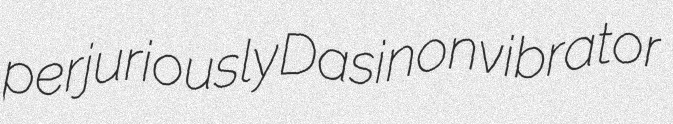
perjuriously Dasi nonvibrator